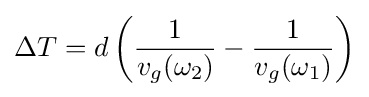
\Delta T=d\left({\frac {1}{v_{g}(\omega _{2})}}-{\frac {1}{v_{g}(\omega _{1})}}\right)